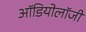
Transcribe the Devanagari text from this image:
ऑडियोलॉजी